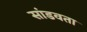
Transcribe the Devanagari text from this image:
सांडवता